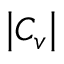
\left\vert C _ { v } \right\vert